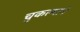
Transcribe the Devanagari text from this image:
चुकल्याने